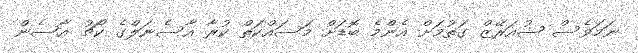
ނަމަވެސް ޝުއަރޭޒް ގަތުމަށް އެންމެ ބޮޑަށް މަސައްކަތް ކުރާ އާސެނަލްގެ ކޯޗު އާސެން